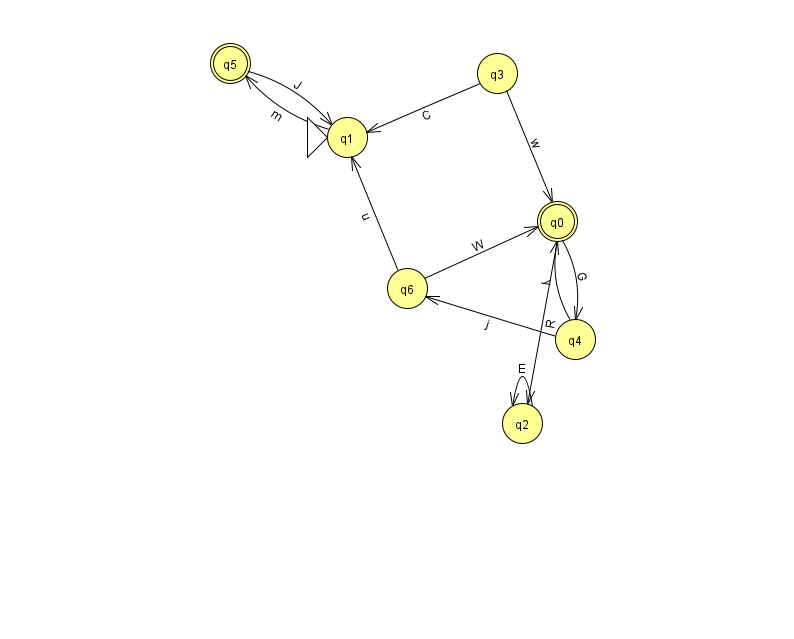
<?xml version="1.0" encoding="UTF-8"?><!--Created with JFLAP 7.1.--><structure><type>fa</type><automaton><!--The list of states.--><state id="0" name="q0"><x>557.0</x><y>208.0</y><final/></state><state id="1" name="q1"><x>347.0</x><y>124.0</y><initial/></state><state id="2" name="q2"><x>522.0</x><y>410.0</y></state><state id="3" name="q3"><x>497.0</x><y>60.0</y></state><state id="4" name="q4"><x>575.0</x><y>326.0</y></state><state id="5" name="q5"><x>230.0</x><y>50.0</y><final/></state><state id="6" name="q6"><x>407.0</x><y>275.0</y></state><!--The list of transitions.--><transition><from>6</from><to>0</to><read>W</read></transition><transition><from>4</from><to>6</to><read>j</read></transition><transition><from>0</from><to>2</to><read>R</read></transition><transition><from>2</from><to>2</to><read>E</read></transition><transition><from>4</from><to>0</to><read>y</read></transition><transition><from>3</from><to>0</to><read>w</read></transition><transition><from>5</from><to>1</to><read>J</read></transition><transition><from>0</from><to>4</to><read>G</read></transition><transition><from>6</from><to>1</to><read>u</read></transition><transition><from>3</from><to>1</to><read>C</read></transition><transition><from>1</from><to>5</to><read>m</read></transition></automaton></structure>